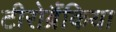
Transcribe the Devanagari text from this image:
टीरोब्रैंकिया